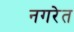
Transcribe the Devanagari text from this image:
नगरेत